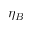
\eta _ { B }